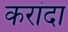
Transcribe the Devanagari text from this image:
करांदा